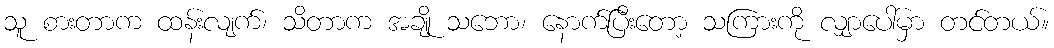
သူ စားတာက ထန်းလျက်၊ သိတာက အချို သဘော၊ နောက်ပြီးတော့ သကြားကို လျှာပေါ်မှာ တင်တယ်။